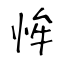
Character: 恈